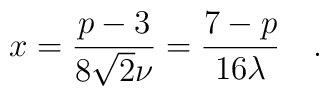
x = \frac{p-3}{8 \sqrt{2} \nu} = \frac{7-p}{16 \lambda} \quad .